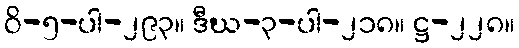
ဝိ-၅-ပါ-၂၉၃။ ဒီဃ-၃-ပါ-၂၁၈။ ဋ္ဌ-၂၂၈။